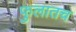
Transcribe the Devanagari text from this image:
फुलातच